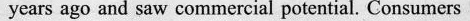
years ago and saw commercial potential. Consumers